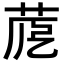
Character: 𦱼